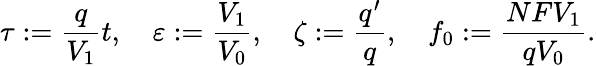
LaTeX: \tau:=\frac{q}{V_{1}}t,\quad\varepsilon:=\frac{V_{1}}{V_{0}},\quad\zeta:=\frac{q^{\prime}}{q},\quad f_{0}:=\frac{NFV_{1}}{qV_{0}}.